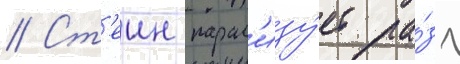
// Ст'еин парал'изу́ет ра́зу